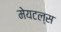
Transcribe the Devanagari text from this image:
मेयटल्स